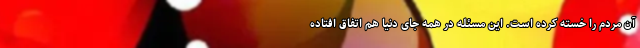
آن مردم را خسته کرده است. این مسئله در همه جای دنیا هم اتفاق افتاده